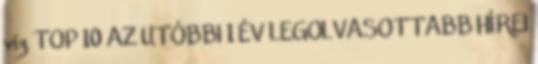
víz TOP 10 AZ UTÓBBI 1 ÉV LEGOLVASOTTABB HÍREI